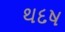
થદષ